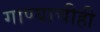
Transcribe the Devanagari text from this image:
गाण्याचीही